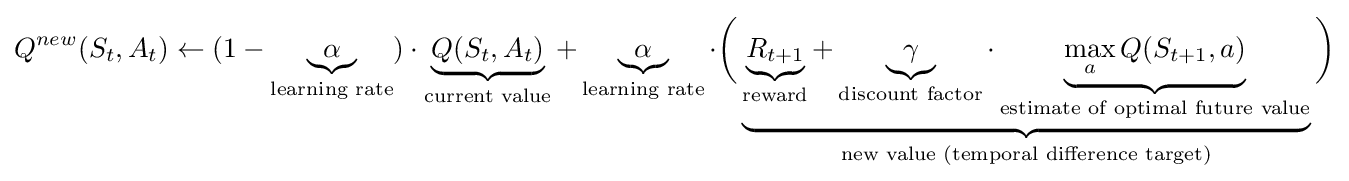
Q^{new}(S_{t},A_{t})\leftarrow (1-\underbrace {\alpha } _{\text{learning rate}})\cdot \underbrace {Q(S_{t},A_{t})} _{\text{current value}}+\underbrace {\alpha } _{\text{learning rate}}\cdot {\bigg (}\underbrace {\underbrace {R_{t+1}} _{\text{reward}}+\underbrace {\gamma } _{\text{discount factor}}\cdot \underbrace {\max _{a}Q(S_{t+1},a)} _{\text{estimate of optimal future value}}} _{\text{new value (temporal difference target)}}{\bigg )}